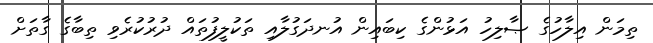
ތިމަން އިލާހުގެ ޞާލިހު އަޅުންގެ ކިބައިން އުނދަގުލާއި ތަކުލީފުތައް ދުރުކުރެވި ތިބާގެ ގާތަށް